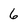
Character: 6